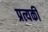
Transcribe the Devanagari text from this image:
प्रत्यकी